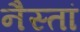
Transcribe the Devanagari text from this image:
नैस्तां